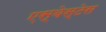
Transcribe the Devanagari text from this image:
एस्बेस्टेस